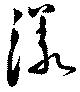
漾